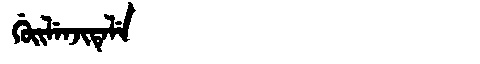
Manchu: ᡤᡠᡳᠯᡝᠨᠵᡳᡨᡝᠯᡝ
Romanization: GUILENJITELE